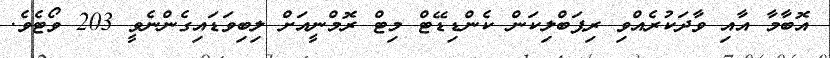
އޮބާމާ އާއި ވާދަކުރެއްވި ރިޕަބްލިކަން ކެންޑިޑޭޓް މިޓް ރޮމްނީއަށް ލިބިވަޑައިގެންނެވީ 203 ވޯޓެވެ.